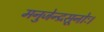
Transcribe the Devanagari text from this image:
मनुजेन्द्रसूनोः।